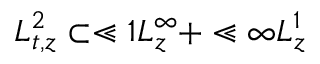
L _ { t , z } ^ { 2 } \subset \Lt 1 L _ { z } ^ { \infty } + \Lt \infty L _ { z } ^ { 1 }